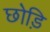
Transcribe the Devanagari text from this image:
छोड़ि